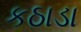
કઠાડા